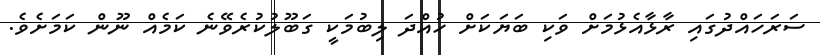
ސަރަހައްދުގައި ރާޅާއެޅުމަށް ވަކި ބަޔަކަށް ހުއްދަ ލިބުމަކީ ގަބޫލުކުރެވޭނެ ކަމެއް ނޫން ކަމަށެވެ.